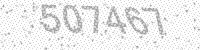
Solution: 507467